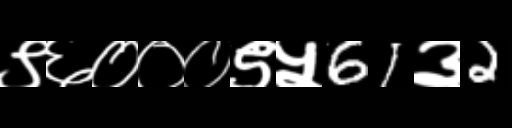
Text: ९६०००९५61३2